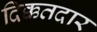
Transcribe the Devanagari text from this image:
दिक्कतदार